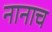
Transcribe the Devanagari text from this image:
नानाच